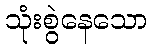
သုံးစွဲနေသော